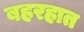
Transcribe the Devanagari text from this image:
बहरहात